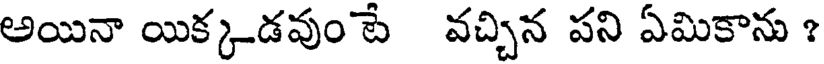
అయినా యిక్కడవుం టే వచ్చిన పని ఏమికాను ?